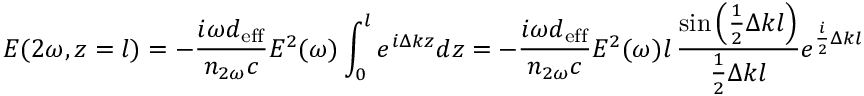
E ( 2 \omega , z = l ) = - { \frac { i \omega d _ { \mathrm { e f f } } } { n _ { 2 \omega } c } } E ^ { 2 } ( \omega ) \int _ { 0 } ^ { l } { e ^ { i \Delta k z } d z } = - { \frac { i \omega d _ { \mathrm { e f f } } } { n _ { 2 \omega } c } } E ^ { 2 } ( \omega ) l \, { \frac { \sin { \left( { \frac { 1 } { 2 } } \Delta k l \right) } } { { \frac { 1 } { 2 } } \Delta k l } } e ^ { { \frac { i } { 2 } } \Delta k l }